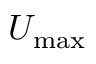
U _ { \mathrm { m a x } }